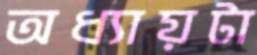
অধ্যায়টা